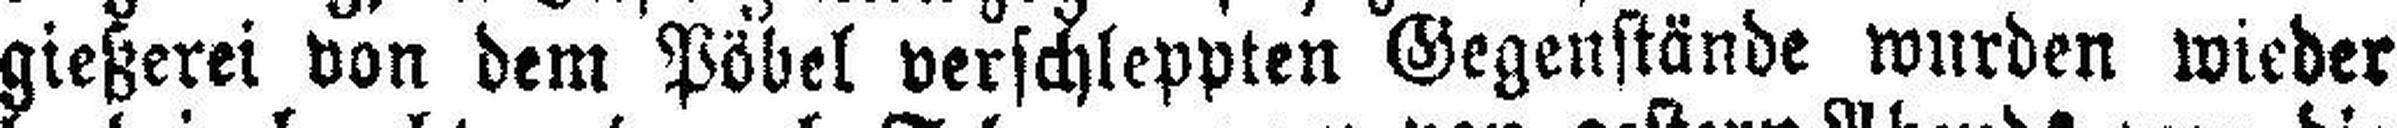
gießerei von dem Pöbel verschleppten Gegenstände wurden wieder